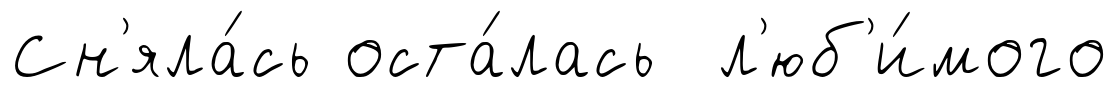
Сн'яла́сь оста́лась л'юб'и́мого